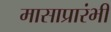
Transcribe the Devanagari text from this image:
मासाप्रारंभी